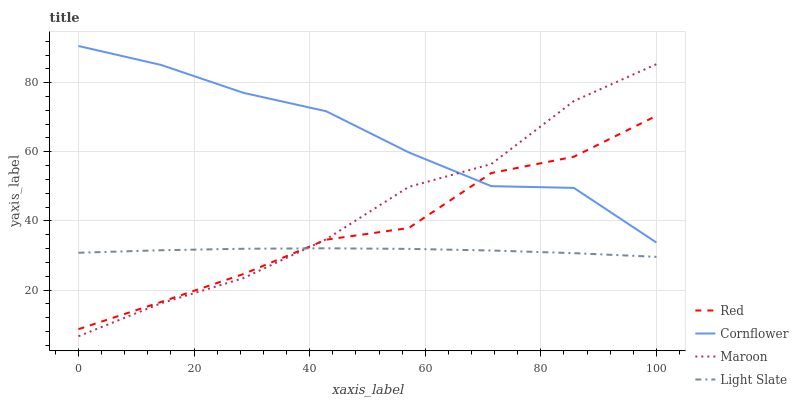
| xaxis_label | Red | Cornflower | Maroon | Light Slate |
 | --- | --- | --- | --- | --- |
 | 0 | 8.68 | 90.6 | 6.64 | 30.8 |
 | 14.3 | 16.5 | 85.1 | 16.2 | 31.5 |
 | 28.6 | 24.7 | 77 | 23.5 | 31.9 |
 | 42.9 | 34.6 | 71.7 | 34.7 | 32.1 |
 | 57.1 | 38 | 59.8 | 49.8 | 31.9 |
 | 71.4 | 53.8 | 50.1 | 56.5 | 31.4 |
 | 85.7 | 58.6 | 49.6 | 74.7 | 30.7 |
 | 100 | 70.4 | 33.7 | 85.4 | 29.6 |